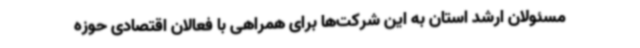
مسئولان ارشد استان به این شرکت‌ها برای همراهی با فعالان اقتصادی حوزه